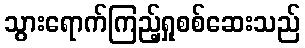
သွားရောက်ကြည့်ရှုစစ်ဆေးသည်